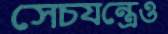
সেচযন্ত্রেও